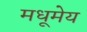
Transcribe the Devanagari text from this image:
मधूमेय